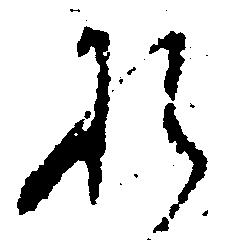
れ